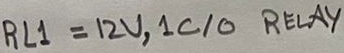
Text: RL1=12V, 1C/O RELAY